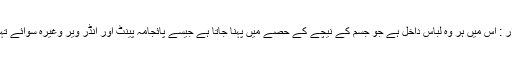
{ج} شلوار : اس میں ہر وہ لباس داخل ہے جو جسم کے نیچے کے حصے میں پہنا جاتا ہے جیسے پائجامہ پینٹ اور انڈر ویر وغیرہ سوائے تہبند کے ۔